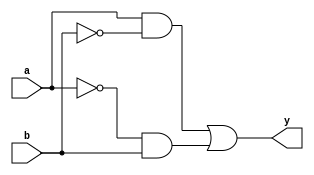
module Mult_my_xor(
input a, b,
output reg y
);

always@(*)
    y <= (a & ~b) | (~a & b);
endmodule